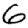
Digit: 6